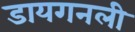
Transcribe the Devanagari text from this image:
डायगनली